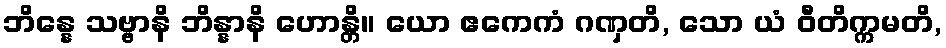
ဘိန္နေ သဗ္ဗာနိ ဘိန္နာနိ ဟောန္တိ။ ယော ဧကေကံ ဂဏှတိ, သော ယံ ဝီတိက္ကမတိ,